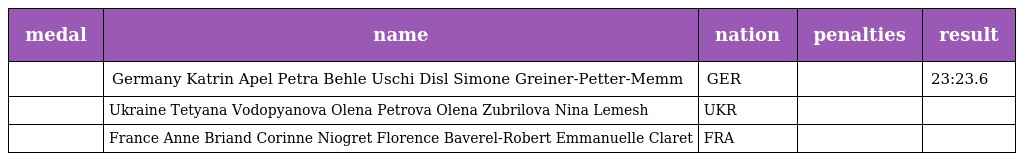
| medal | name | nation | penalties | result |
 | --- | --- | --- | --- | --- |
 |  | Germany Katrin Apel Petra Behle Uschi Disl Simone Greiner-Petter-Memm | GER |  | 23:23.6 |
 |  | Ukraine Tetyana Vodopyanova Olena Petrova Olena Zubrilova Nina Lemesh | UKR |  |  |
 |  | France Anne Briand Corinne Niogret Florence Baverel-Robert Emmanuelle Claret | FRA |  |  |